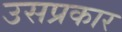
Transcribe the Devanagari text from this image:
उसप्रकार